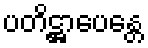
ပတိဋ္ဌာပေန္တေ